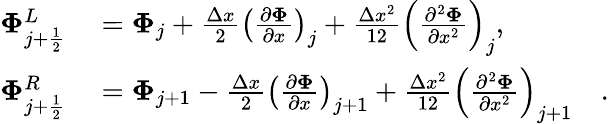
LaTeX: \begin{array}{rl}{\mathbf{\Phi}_{j+\frac{1}{2}}^{L}}&{{}=\mathbf{{\Phi}}_{j}+\frac{\Delta x}{2}\left(\frac{\partial\mathbf{\Phi}}{\partial x}\right)_{j}+\frac{\Delta x^{2}}{12}\left(\frac{\partial^{2}\mathbf{\Phi}}{\partial x^{2}}\right)_{j},}\\ {\mathbf{\Phi}_{j+\frac{1}{2}}^{R}}&{{}=\mathbf{{\Phi}}_{j+1}-\frac{\Delta x}{2}\left(\frac{\partial\mathbf{\Phi}}{\partial x}\right)_{j+1}+\frac{\Delta x^{2}}{12}\left(\frac{\partial^{2}\mathbf{\Phi}}{\partial x^{2}}\right)_{j+1}\quad.}\end{array}